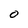
Character: O